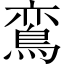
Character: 鵉